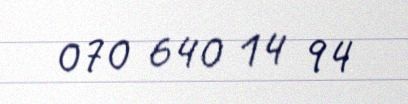
070 640 14 94